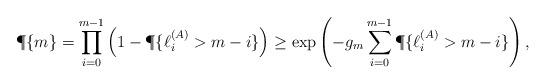
LaTeX: \begin{align*}\P\{ m \} = \prod\limits _{i=0} ^{m-1} \left( 1 - \P \{ \ell ^{(A)} _i > m-i \}\right)\geq \exp\left( - g_m \sum\limits _{i=0} ^{m-1} \P \{ \ell ^{(A)} _i > m-i \} \right),\end{align*}